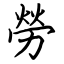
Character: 勞